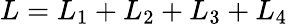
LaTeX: L=L_{1}+L_{2}+L_{3}+L_{4}